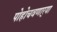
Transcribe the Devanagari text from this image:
पोहोचवणार्‍या